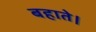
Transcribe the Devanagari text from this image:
बहाते।